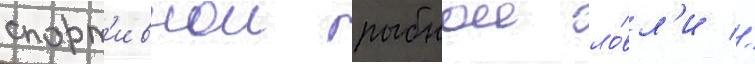
спорт'ивнои рыбнои ло́вл'и //